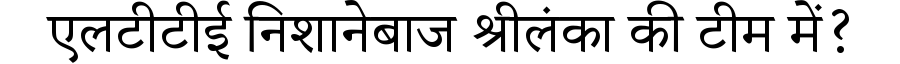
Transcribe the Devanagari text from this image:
एलटीटीई निशानेबाज श्रीलंका की टीम में?